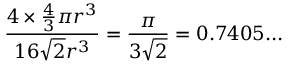
{ \frac { 4 \times { \frac { 4 } { 3 } } \pi r ^ { 3 } } { 1 6 { \sqrt { 2 } } r ^ { 3 } } } = { \frac { \pi } { 3 { \sqrt { 2 } } } } = 0 . 7 4 0 5 . . .